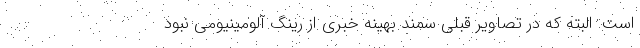
است. البته که در تصاویر قبلی سمند بهینه خبری از رینگ آلومینیومی نبود